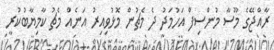
ރާއްޖޭގެ މޫސާ މުންސިފް އަހުމަދު ދެ މެޗުން މޮޅުވިއިރު އަނެއް މެޗު ކާމިޔާބުކުރީ